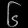
Digit: ၆